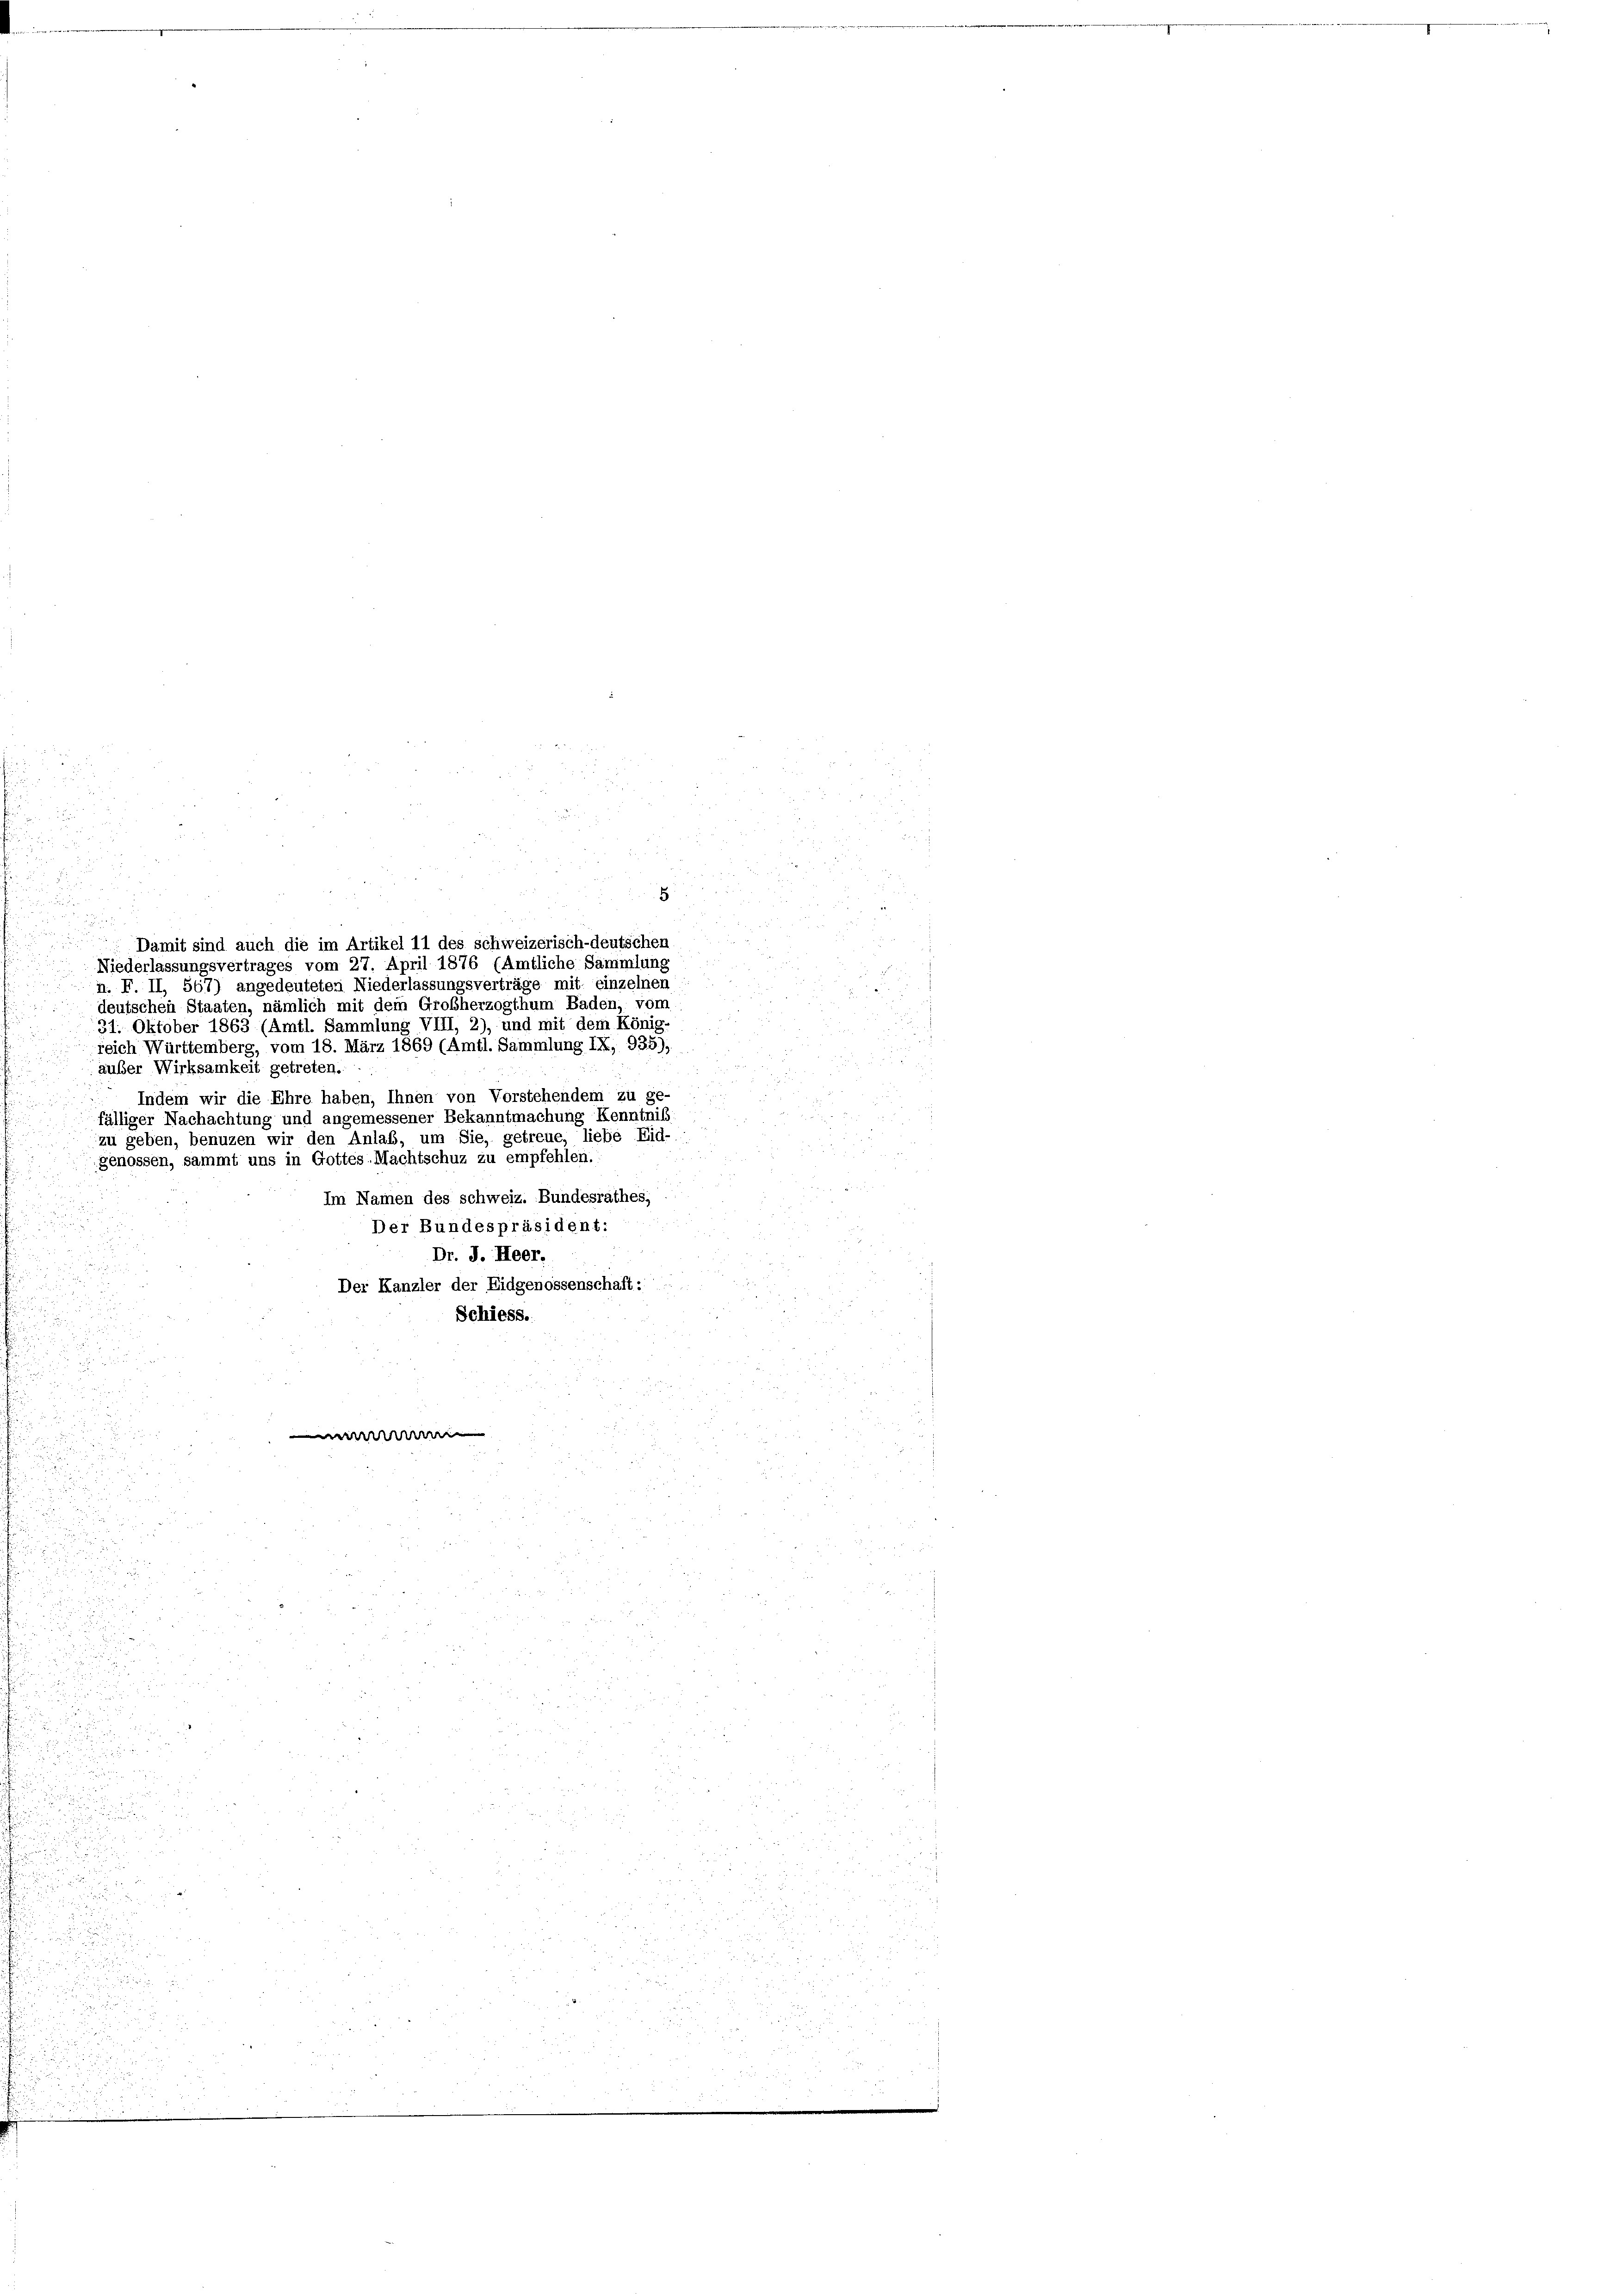
fälliger Nachachtung und angemessener Bekanntmachung Kenntniss
zu geben, benuzen wir den Anlaß, um Sie, getreue, liebe Eid-
genossen, sammt uns in Gottes-Machtschuz zu empfehlen.
Im Namen des Schweiz. Bundesrathes,
Der Bundespräsident:
Dr. J. Heer.
Der Kanzler der Eidgenossenschaft:
Schiess.

d
.
un
8
wren
n
.
  10

a
5
a

5
 xx

2

u

u
u

u

n

u

Damit sind auch die im Artikel 11 des schweizerisch-deutschen
Niederlassungsvertrages vom 27. April 1876 (Amtliche Sammlung
n. F. II, 567) angedeuteten Niederlassungsverträge mit einzelnen
deutschen Staaten, nämlich mit dem Großherzogthum Baden, vom
31. Oktober 1863 (Amtl. Sammlung VIII, 2), und mit dem König-
reich Württemberg, vom 18. März 1869 (Amtl. Sammlung IX, 935),
auber Wirksamkeit getreten.
Indem wir die Ehre haben, Ihnen von Vorstehendem zu ge-

.

8